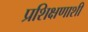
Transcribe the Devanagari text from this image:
प्रशिक्षणाशी